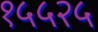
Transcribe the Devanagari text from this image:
१५५२५